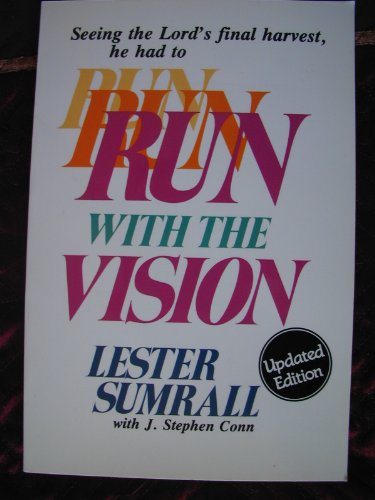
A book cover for Run with the Vision; Lester Sumrall; Christian Books & Bibles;